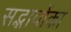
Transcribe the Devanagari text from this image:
सद्भावोंका